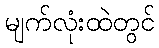
မျက်လုံးထဲတွင်